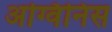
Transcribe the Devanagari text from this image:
अग्विनिस